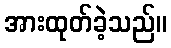
အားထုတ်ခဲ့သည်။